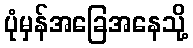
ပုံမှန်အခြေအနေသို့